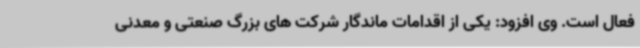
فعال است. وی افزود: یکی از اقدامات ماندگار شرکت های بزرگ صنعتی و معدنی